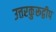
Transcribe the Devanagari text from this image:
उत्तरकुरूद्वीप